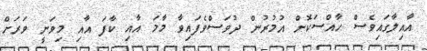
އާއިލާގައިވެސް ހާއްސަކޮށް އުމުރުން ދުވަސްވެފައިވާ މާމަ އާއި ކާފަ އާއި މިވަނީ ވަރަށް